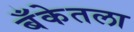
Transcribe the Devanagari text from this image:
बँकेतला